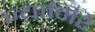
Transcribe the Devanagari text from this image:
ज्यामिरे